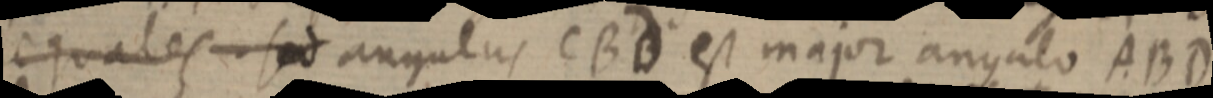
equales sed angulus CBd est major angulo ABD